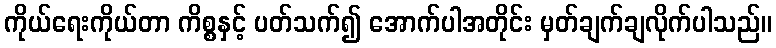
ကိုယ်ရေးကိုယ်တာ ကိစ္စနှင့် ပတ်သက်၍ အောက်ပါအတိုင်း မှတ်ချက်ချလိုက်ပါသည်။